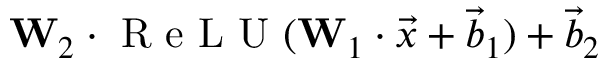
\mathbf { W } _ { 2 } \cdot \mathrm { ~ R ~ e ~ L ~ U ~ } ( \mathbf { W } _ { 1 } \cdot \Vec { x } + \Vec { b } _ { 1 } ) + \Vec { b } _ { 2 }